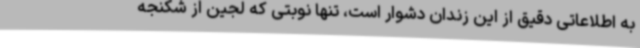
به اطلاعاتی دقیق از این زندان دشوار است، تنها نوبتی که لجین از شکنجه